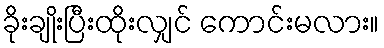
ခိုးချိုးပြီးထိုးလျှင် ကောင်းမလား။